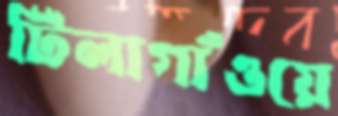
টিলাগাঁওয়ে